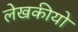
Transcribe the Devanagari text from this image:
लेखकीयो